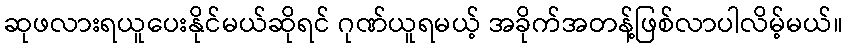
ဆုဖလားရယူပေးနိုင်မယ်ဆိုရင် ဂုဏ်ယူရမယ့် အခိုက်အတန့်ဖြစ်လာပါလိမ့်မယ်။